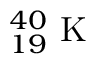
^ { 4 0 } _ { 1 9 } \mathrm { ~ K ~ }